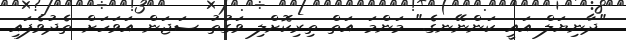
"ދާނިޔަލް އައީ ކަންނޭނގެ." މަންމަ އަތް ތިރިކޮށްލި ވަގުތު ސަޖަން އަވަހަށް ތެދުވެފައި